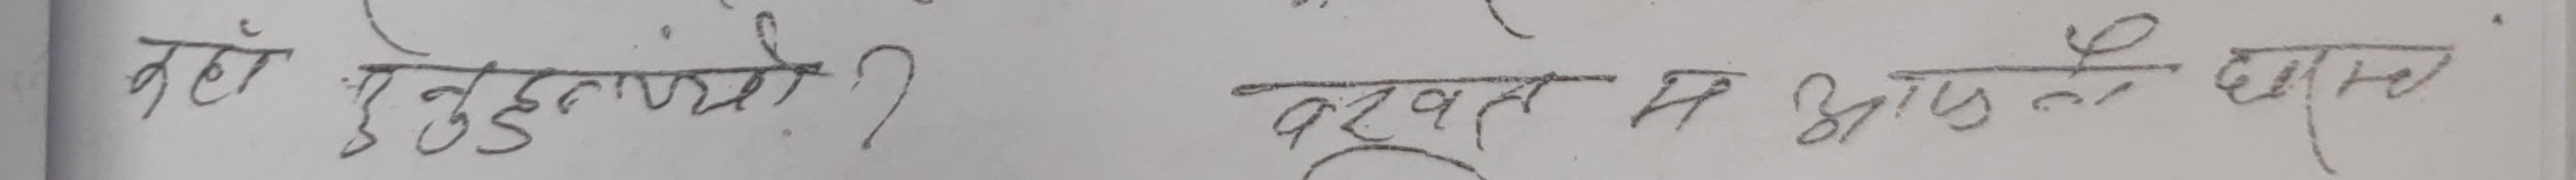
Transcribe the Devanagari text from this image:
कहाँ हुनुलाच्यौ? वरखत म अझै थाहा